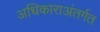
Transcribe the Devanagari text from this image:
अधिकाराअंतर्गत